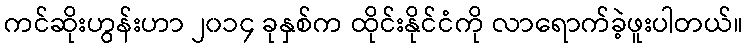
ကင်ဆိုးဟွန်းဟာ ၂၀၁၄ ခုနှစ်က ထိုင်းနိုင်ငံကို လာရောက်ခဲ့ဖူးပါတယ်။